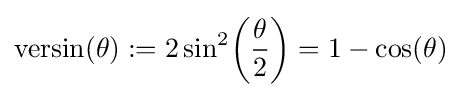
{\textrm {versin}}(\theta ):=2\sin ^{2}\!\left({\frac {\theta }{2}}\right)=1-\cos(\theta )